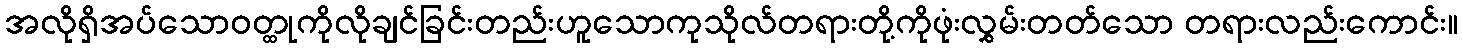
အလိုရှိအပ်သောဝတ္ထုကိုလိုချင်ခြင်းတည်းဟူသောကုသိုလ်တရားတို့ကိုဖုံးလွှမ်းတတ်သော တရားလည်းကောင်း။